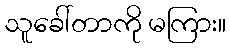
သူခေါ်တာကို မကြား။